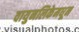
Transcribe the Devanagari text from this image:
वायुनलिकेमधून